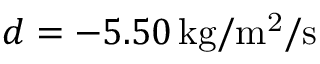
d = - 5 . 5 0 \, \mathrm { k g / m ^ { 2 } / s }